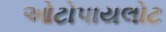
ઓટોપાયલોટ